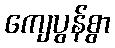
ကျေပွန်စွာ